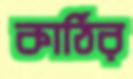
কাঠির